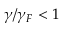
\gamma / \gamma _ { F } < 1